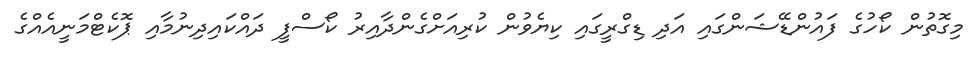
މިގޮތުން ކޯހުގެ ފައުންޑޭޝަންގައި އަދި ޑިގްރީގައި ކިޔެވުން ކުރިއަށްގެންދާއިރު ކޯސްފީ ދައްކައިދިނުމާއި ޕޮކެޓްމަނީއެއްގެ